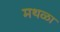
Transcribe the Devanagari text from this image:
मथळा